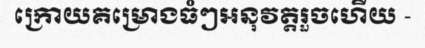
ក្រោយគម្រោងធំៗអនុវត្តរួចហើយ -